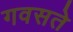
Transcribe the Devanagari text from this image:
गवसते